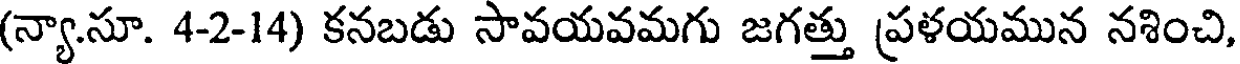
(న్యా.సూ. 4-2-14) కనబడు సావయవమగు జగత్తు ప్రళయమున నశించి,